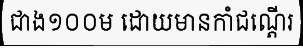
ជាង១០០ម ដោយមានកាំជណ្តើរ